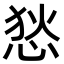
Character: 悐